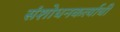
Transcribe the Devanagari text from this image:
संशोधनकर्त्याची